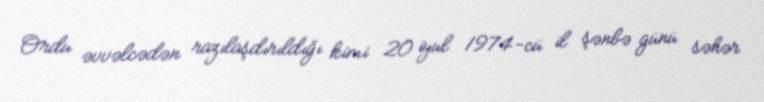
Ordu əvvəlcədən razılaşdırıldığı kimi 20 iyul 1974-cü il şənbə günü səhər